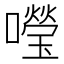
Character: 𡃅